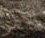
الأمر